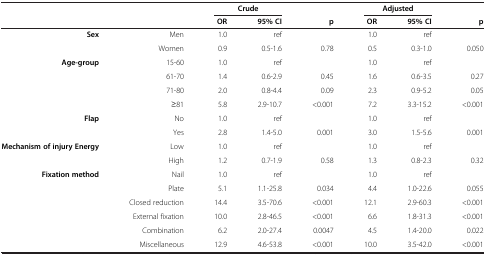
<table><thead><tr><td><b> </b></td><td><b> </b></td><td colspan="2"><b>Crude</b></td><td><b> </b></td><td colspan="2"><b>Adjusted</b></td><td><b> </b></td></tr><tr><td><b> </b></td><td><b> </b></td><td><b>OR</b></td><td><b>95% CI</b></td><td><b>p</b></td><td><b>OR</b></td><td><b>95% CI</b></td><td><b>p</b></td></tr></thead><tbody><tr><td><b>Sex</b></td><td>Men</td><td>1.0</td><td>ref</td><td> </td><td>1.0</td><td>ref</td><td> </td></tr><tr><td> </td><td>Women</td><td>0.9</td><td>0.5-1.6</td><td>0.78</td><td>0.5</td><td>0.3-1.0</td><td>0.050</td></tr><tr><td><b>Age-group</b></td><td>15-60</td><td>1.0</td><td>ref</td><td> </td><td>1.0</td><td>ref</td><td> </td></tr><tr><td> </td><td>61-70</td><td>1.4</td><td>0.6-2.9</td><td>0.45</td><td>1.6</td><td>0.6-3.5</td><td>0.27</td></tr><tr><td> </td><td>71-80</td><td>2.0</td><td>0.8-4.4</td><td>0.09</td><td>2.3</td><td>0.9-5.2</td><td>0.05</td></tr><tr><td> </td><td>≥81</td><td>5.8</td><td>2.9-10.7</td><td>&lt;0.001</td><td>7.2</td><td>3.3-15.2</td><td>&lt;0.001</td></tr><tr><td><b>Flap</b></td><td>No</td><td>1.0</td><td>ref</td><td> </td><td>1.0</td><td>ref</td><td> </td></tr><tr><td> </td><td>Yes</td><td>2.8</td><td>1.4-5.0</td><td>0.001</td><td>3.0</td><td>1.5-5.6</td><td>0.001</td></tr><tr><td><b>Mechanism of injury Energy</b></td><td>Low</td><td>1.0</td><td>ref</td><td> </td><td>1.0</td><td>ref</td><td> </td></tr><tr><td> </td><td>High</td><td>1.2</td><td>0.7-1.9</td><td>0.58</td><td>1.3</td><td>0.8-2.3</td><td>0.32</td></tr><tr><td><b>Fixation method</b></td><td>Nail</td><td>1.0</td><td>ref</td><td> </td><td>1.0</td><td>ref</td><td> </td></tr><tr><td> </td><td>Plate</td><td>5.1</td><td>1.1-25.8</td><td>0.034</td><td>4.4</td><td>1.0-22.6</td><td>0.055</td></tr><tr><td> </td><td>Closed reduction</td><td>14.4</td><td>3.5-70.6</td><td>&lt;0.001</td><td>12.1</td><td>2.9-60.3</td><td>&lt;0.001</td></tr><tr><td> </td><td>External fixation</td><td>10.0</td><td>2.8-46.5</td><td>&lt;0.001</td><td>6.6</td><td>1.8-31.3</td><td>&lt;0.001</td></tr><tr><td> </td><td>Combination</td><td>6.2</td><td>2.0-27.4</td><td>0.0047</td><td>4.5</td><td>1.4-20.0</td><td>0.022</td></tr><tr><td> </td><td>Miscellaneous</td><td>12.9</td><td>4.6-53.8</td><td>&lt;0.001</td><td>10.0</td><td>3.5-42.0</td><td>&lt;0.001</td></tr></tbody></table>